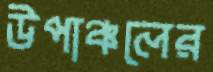
উপাঞ্চলের